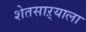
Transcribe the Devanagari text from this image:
शेतसाऱ्याला